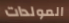
المولدات